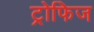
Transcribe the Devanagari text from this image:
ट्रोफिज